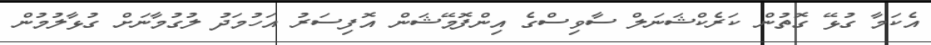
އެކަމާ ގުޅޭ ގޮތުން ކަރެކްޝަނަލް ސާވިސްގެ އިންފޮމޭޝަން އޮފިސަރު އަހުމަދު ލުގުމާނަށް ގުޅާލުމުން